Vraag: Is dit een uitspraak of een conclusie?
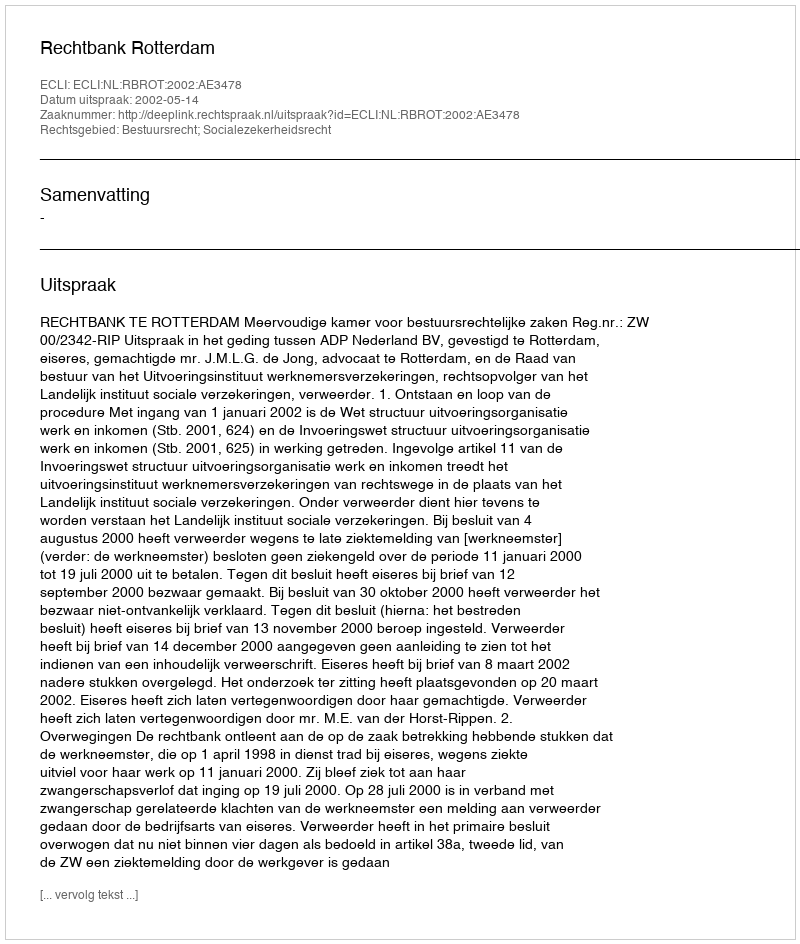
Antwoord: Uitspraak